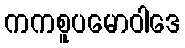
ကကစူပမောဝါဒေ